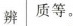
辨 质等。